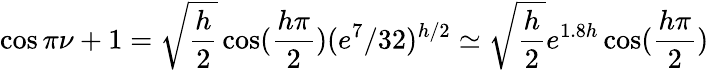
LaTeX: \cos\pi\nu+1=\sqrt{\frac{h}{2}}\cos(\frac{h\pi}{2})(e^{7}/32)^{h/2}\simeq\sqrt{\frac{h}{2}}e^{1.8h}\cos(\frac{h\pi}{2})